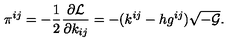
\pi ^ { i j } = - \frac { 1 } { 2 } \frac { \partial { \cal L } } { \partial k _ { i j } } = - ( k ^ { i j } - h g ^ { i j } ) \sqrt { - { \cal G } } .